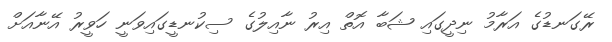
ރޭގަނޑުގެ އަރާމު ނިދީގައި ޝަބާ އޮތް އިރު ނާއިލުގެ ސިކުނޑީގައިވަނީ ހަވީރު އޭނާއަށް